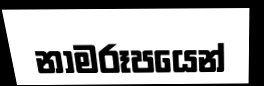
නාමරූපයෙන්